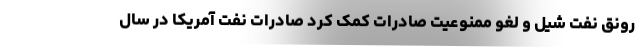
رونق نفت شیل و لغو ممنوعیت صادرات کمک کرد صادرات نفت آمریکا در سال